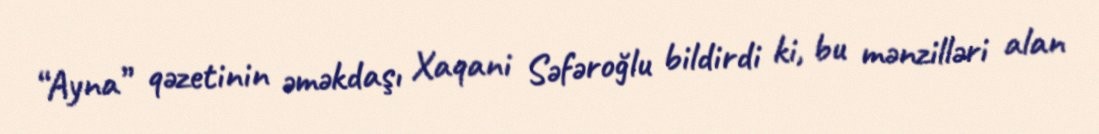
“Ayna” qəzetinin əməkdaşı Xaqani Səfəroğlu bildirdi ki, bu mənzilləri alan